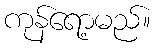
ကုန်ရော့မည်။